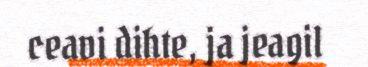
ceavi dihte, ja jeagil